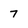
Character: 7